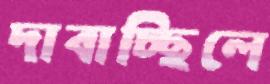
দাবাচ্ছিলে